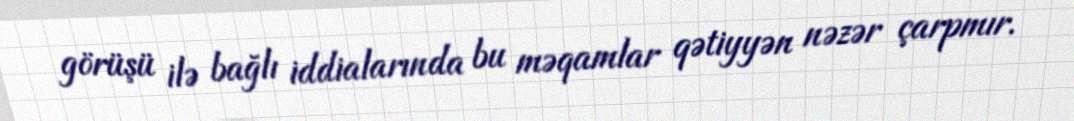
görüşü ilə bağlı iddialarında bu məqamlar qətiyyən nəzər çarpmır.